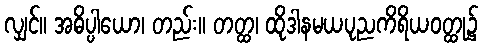
လျှင်။ အဓိပ္ပါယော၊ တည်း။ တတ္ထ၊ ထိုဒါနမယပုညကိရိယဝတ္ထု၌